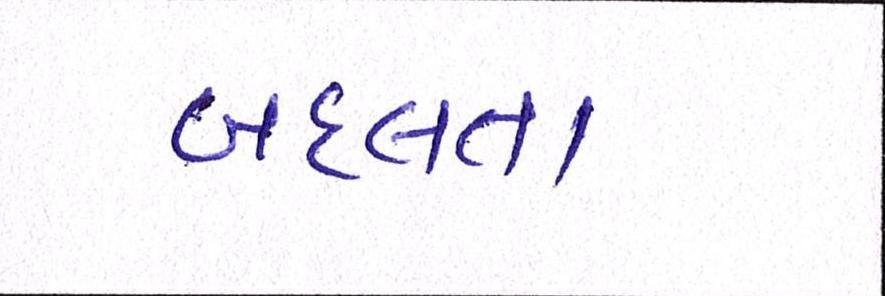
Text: બદલતા